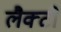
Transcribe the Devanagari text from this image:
लैक्टो